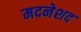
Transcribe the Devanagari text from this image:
मदनेशद